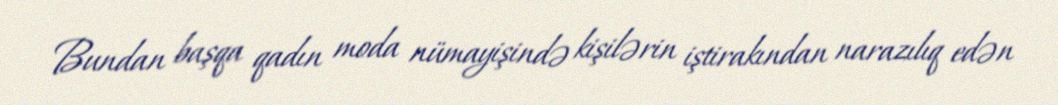
Bundan başqa qadın moda nümayişində kişilərin iştirakından narazılıq edən